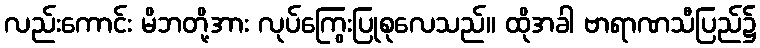
လည်းကောင်း မိဘတို့အား လုပ်ကြွေးပြုစုလေသည်။ ထိုအခါ ဗာရာဏသီပြည်၌